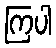
ကြပါ